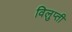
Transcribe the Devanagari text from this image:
विलुप्ती